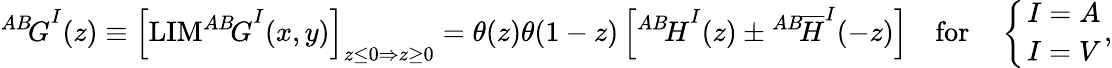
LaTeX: {^{AB}\! G}^{I}(z)\equiv\left[\mathrm{LIM}{^{AB}\! G}^{I}(x,y)\right]_{z\le 0\Rightarrow z\ge 0}=\theta(z)\theta(1-z)\left[{^{AB}\! H}^{I}(z)\pm{^{AB}\! \overline{{H}}}^{I}(-z)\right]\quad\mathrm{for}\quad\left\{ {I=A\atop I=V}\right.,